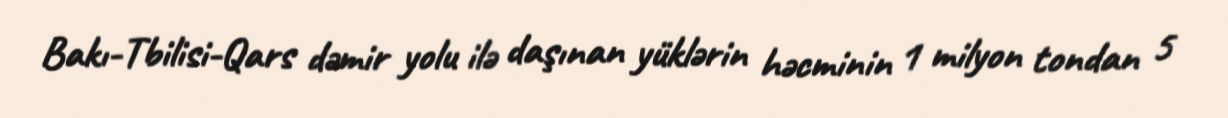
Bakı-Tbilisi-Qars dəmir yolu ilə daşınan yüklərin həcminin 1 milyon tondan 5